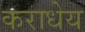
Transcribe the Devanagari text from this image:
कराधेय